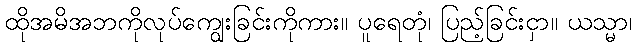
ထိုအမိအဘကိုလုပ်ကျွေးခြင်းကိုကား။ ပူရေတုံ၊ ပြည့်ခြင်းငှာ။ ယသ္မာ၊